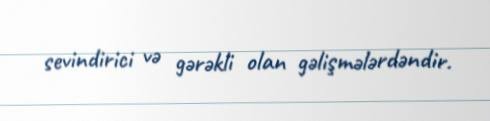
sevindirici və gərəkli olan gəlişmələrdəndir.